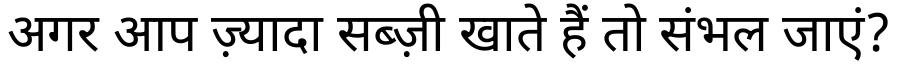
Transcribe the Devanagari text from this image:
अगर आप ज़्यादा सब्ज़ी खाते हैं तो संभल जाएं?